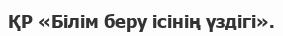
ҚР «Білім беру ісінің үздігі».